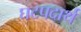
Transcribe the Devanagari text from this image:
घटपदार्थ